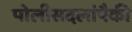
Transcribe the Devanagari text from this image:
पोलीसदलांपैकी